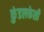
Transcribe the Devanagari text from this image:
कुंडलकेसी